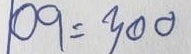
09 = 300